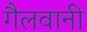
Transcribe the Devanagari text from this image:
गैलवानी